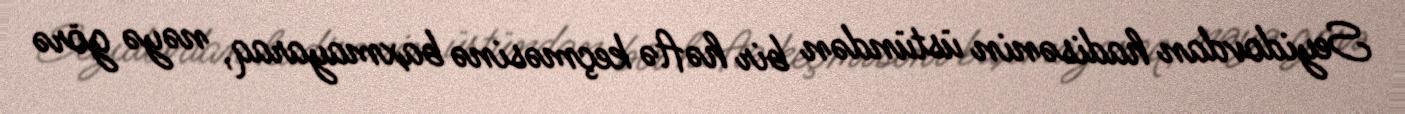
Seyidovdan hadisənin üstündən bir həftə keçməsinə baxmayaraq, nəyə görə